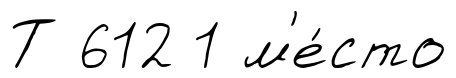
Т 612 1 м'е́сто